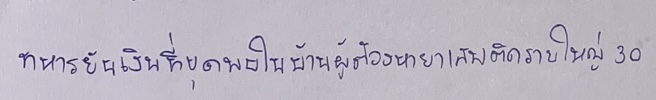
ทหารยันเงินที่ขุดพบในบ้านผู้ต้องหายาเสพติดรายใหญ่30